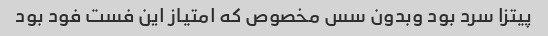
پیتزا سرد بود وبدون سس مخصوص که امتیاز این فست فود بود